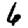
Digit: 6